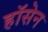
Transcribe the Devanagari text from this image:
हॉसेन